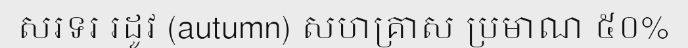
សរទរ រដូវ (autumn) សហគ្រាស ប្រមាណ ៥០%